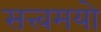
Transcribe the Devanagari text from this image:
सत्त्वमयो